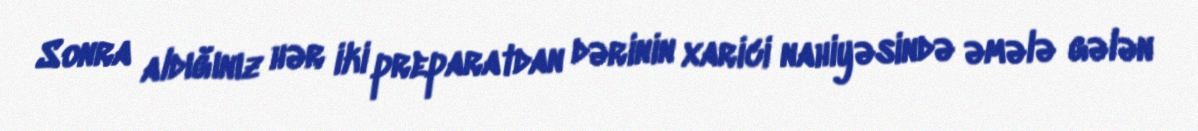
Sonra aldığınız hər iki preparatdan dərinin xarici nahiyəsində əmələ gələn